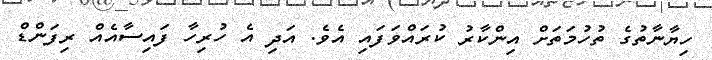
ހިޔާނާތުގެ ތުހުމަތަށް އިންކާރު ކުރައްވަފައި އެވެ. އަދި އެ ހުރިހާ ފައިސާއެއް ރިފަންޑް